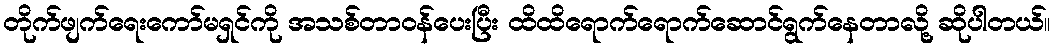
တိုက်ဖျက်ရေးကော်မရှင်ကို အသစ်တာဝန်ပေးပြီး ထိထိရောက်ရောက်ဆောင်ရွက်နေတာလို့ ဆိုပါတယ်။